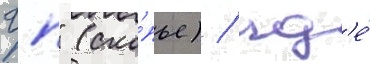
гп" (ско́пье) / гд'е́